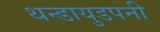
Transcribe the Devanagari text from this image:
थन्डायुडपनी